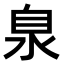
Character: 𣳻